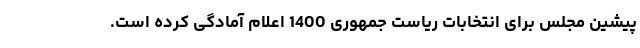
پیشین مجلس برای انتخابات ریاست جمهوری 1400 اعلام آمادگی کرده است.